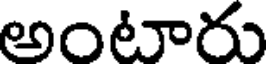
అంటారు